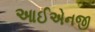
આઈએનજી